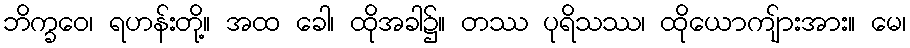
ဘိက္ခဝေ၊ ရဟန်းတို့။ အထ ခေါ၊ ထိုအခါ၌။ တဿ ပုရိသဿ၊ ထိုယောကျ်ားအား။ မေ၊